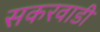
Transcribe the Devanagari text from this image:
सकरवाडी